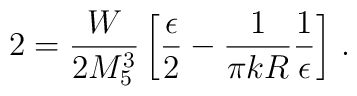
2 = \frac{W}{2 M_{5}^{3}} \left[\frac{\epsilon}{2} - \frac{1}{\pi k R}    \frac{1}{\epsilon} \right]\, .